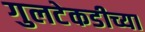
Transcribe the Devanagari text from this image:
गुलटेकडीच्या